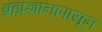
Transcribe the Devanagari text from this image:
ब्रह्मज्ञानापासून